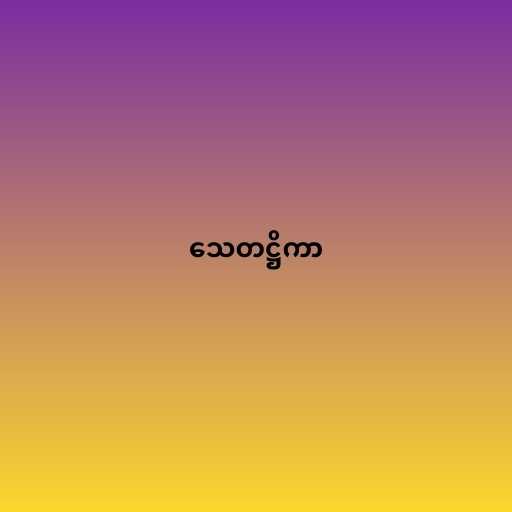
သေတဋ္ဌိကာ